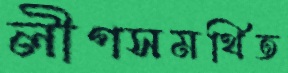
লীগসমর্থিত